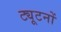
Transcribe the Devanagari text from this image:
ट्यूटनों